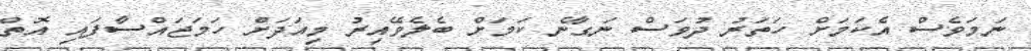
ނަމަވެސް އެކަމަށް ހަތަރު ދުވަސް ނަގާނެ ކަމަށް ބެލެވޭއިރު މިއަދަށް ހަމަޖައްސާފައި އޮތް